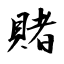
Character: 賭